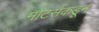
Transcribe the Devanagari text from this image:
मोटर्सकडून